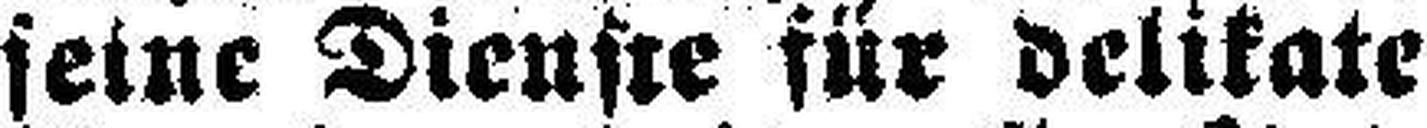
seine Dienste für delikate